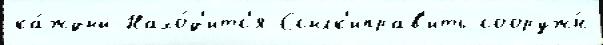
ка́ждый Нахо́д'итс'я Ссылк'иправ'ить сооруж́н